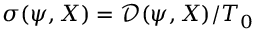
\sigma ( \psi , X ) = \mathcal { D } ( \psi , X ) / T _ { 0 }